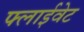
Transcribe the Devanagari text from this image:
फ्लाईवेट